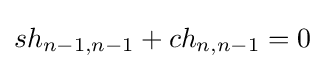
sh_{n-1,n-1}+ch_{n,n-1}=0